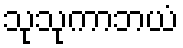
သုသုကာဘယံ